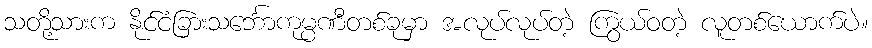
သတို့သားက နိုင်ငံခြားသင်္ဘောကုမ္ပဏီတစ်ခုမှာ အလုပ်လုပ်တဲ့ ကြွယ်ဝတဲ့ လူတစ်ယောက်ပဲ။